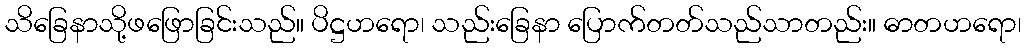
သိခြေနာသို့ဖဖြောခြင်းသည်။ ပိဋ္ဌဟရော၊ သည်းခြေနာ ပြောက်တတ်သည်သာတည်း။ ဓာတဟရော၊